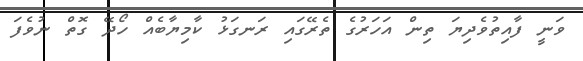
ވަނީ ފާއިތުވެދިޔަ ތިން އަހަރުގެ ތެރޭގައި ރަނގަޅު ކާމިޔާބެއް ހޯދޭ ގޮތް ނުވެފަ